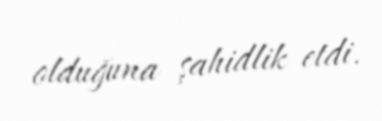
olduğuna şahidlik etdi.